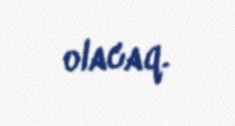
olacaq.